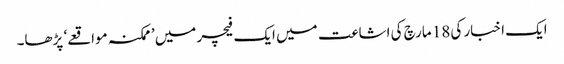
ایک اخبار کی 18 مارچ کی اشاعت میں ایک فیچر میں ’ممکنہ مواقعے‘ پڑھا۔